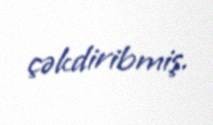
çəkdiribmiş.